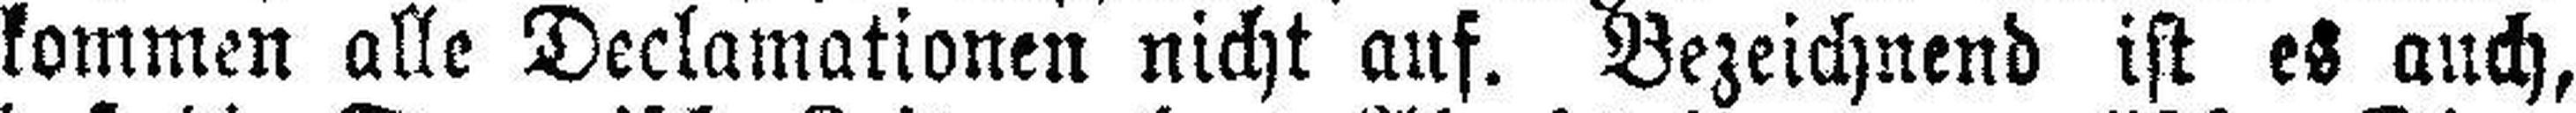
kommen alle Declamationen nicht auf. Bezeichnend ist es auch,